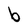
Character: b